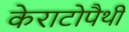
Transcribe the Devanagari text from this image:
केराटोपैथी